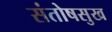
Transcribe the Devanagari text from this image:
संतोषसुख